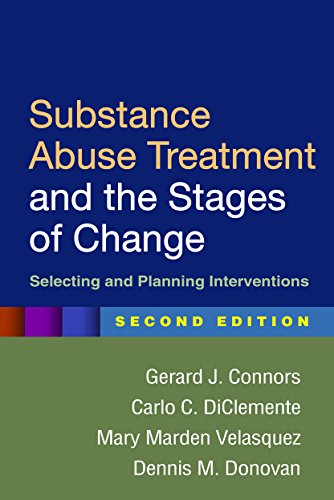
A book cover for Substance Abuse Treatment and the Stages of Change, Second Edition: Selecting and Planning Interventions; Gerard J. Connors; Medical Books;